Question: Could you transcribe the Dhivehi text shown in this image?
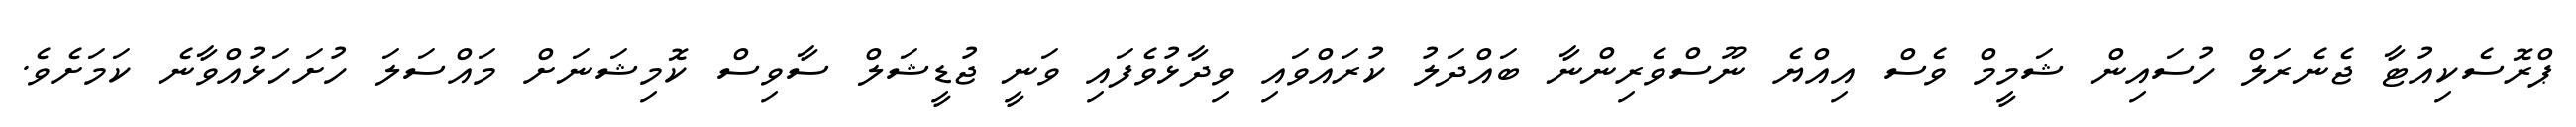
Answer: ޕްރޮސެކިއުޓާ ޖެނެރަލް ހުސައިން ޝަމީމް ވެސް އިއްޔެ ނޫސްވެރިންނާ ބައްދަލު ކުރައްވައި ވިދާޅުވެފައި ވަނީ ޖުޑީޝަލް ސާވިސް ކޮމިޝަނަށް މައްސަލަ ހުށަހަޅުއްވާނެ ކަމަށެވެ.